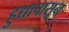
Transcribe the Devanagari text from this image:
हुद्यापासून